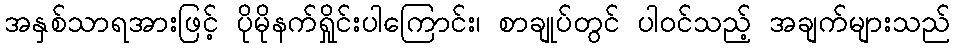
အနှစ်သာရအားဖြင့် ပိုမိုနက်ရှိုင်းပါကြောင်း၊ စာချုပ်တွင် ပါဝင်သည့် အချက်များသည်